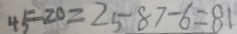
4 5 - 2 0 = 2 5 8 7 - 6 = 8 1